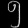
Digit: ၅